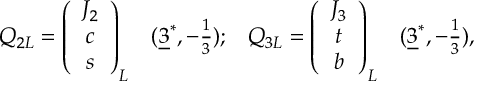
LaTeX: \begin{array} { c c c c } { { Q _ { 2 L } = \left( \begin{array} { c } { { J _ { 2 } } } \\ { { c } } \\ { { s } } \end{array} \right) _ { L } } } & { { ( \underline { { { 3 } } } ^ { * } , - \frac { 1 } { 3 } ) ; } } & { { Q _ { 3 L } = \left( \begin{array} { c } { { J _ { 3 } } } \\ { { t } } \\ { { b } } \end{array} \right) _ { L } } } & { { ( \underline { { { 3 } } } ^ { * } , - \frac { 1 } { 3 } ) , } } \end{array}